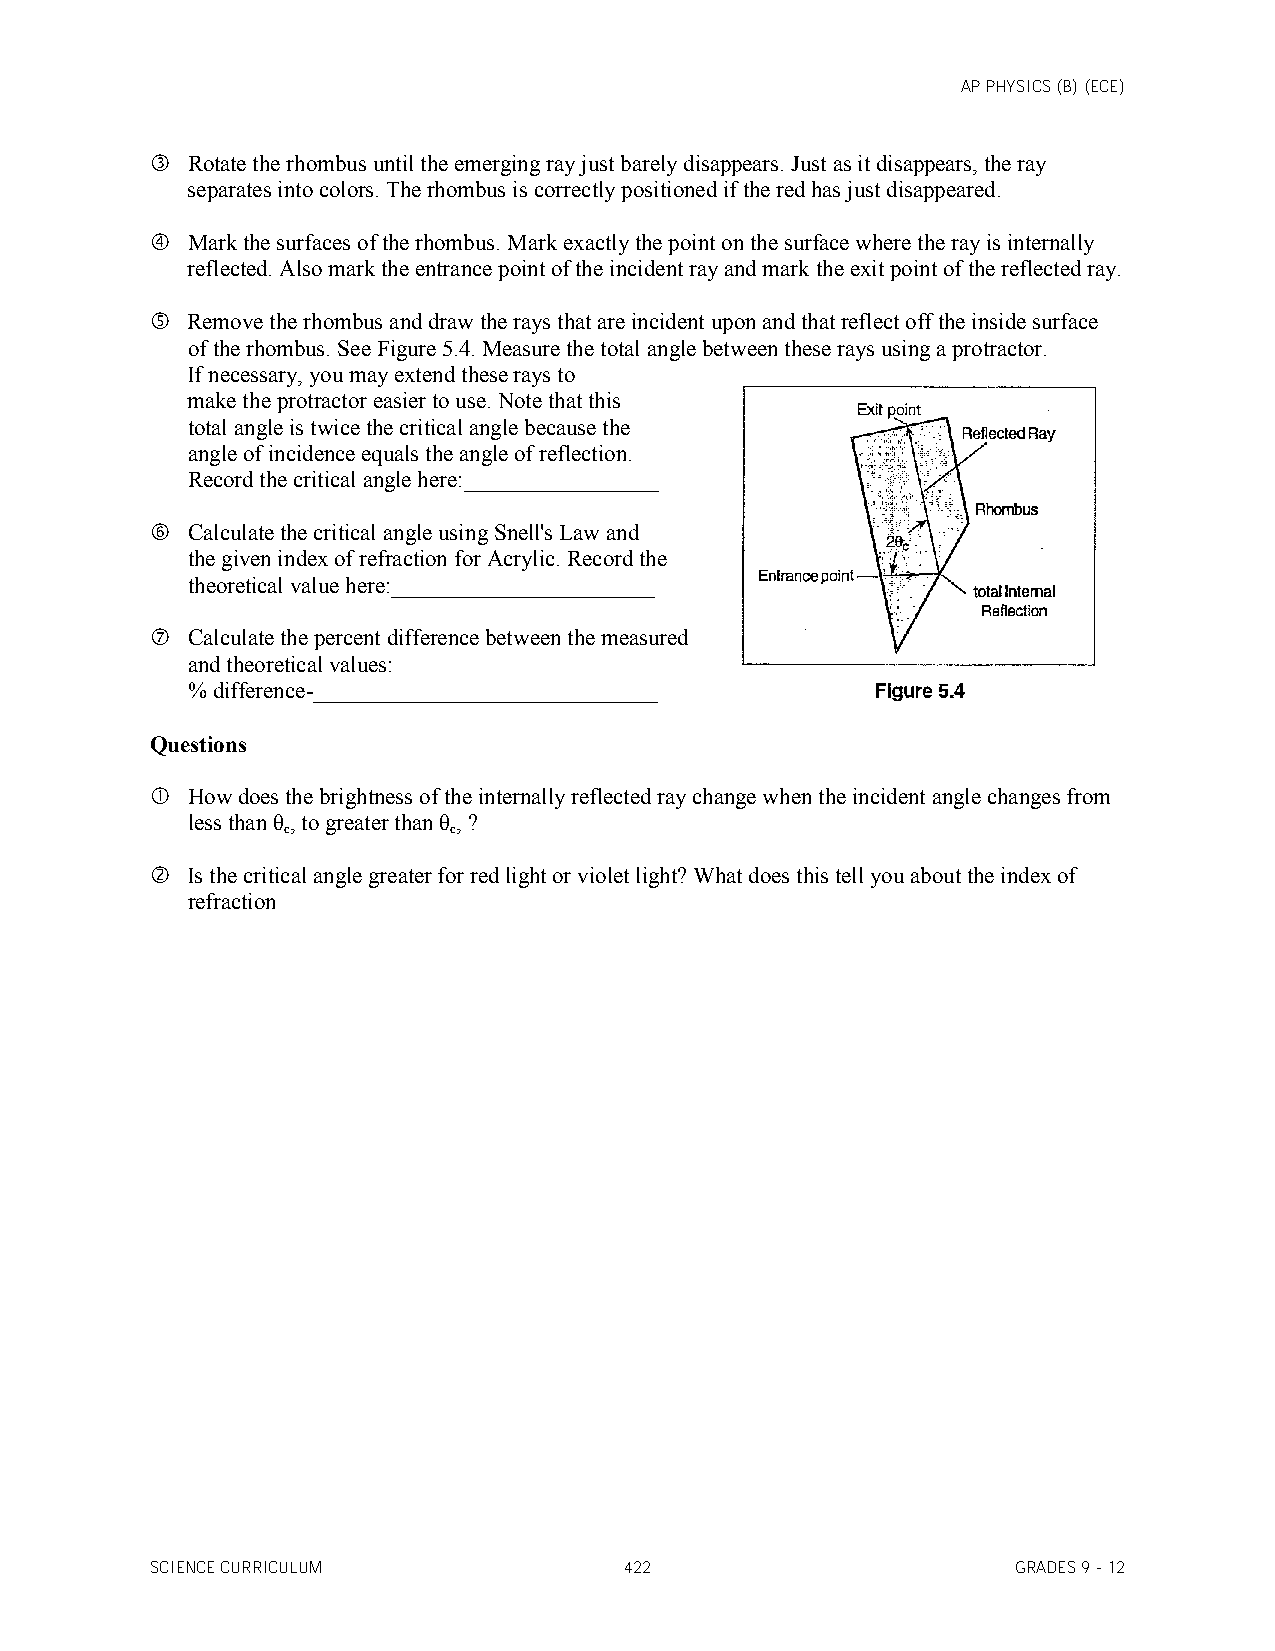
AP PHYSICS (B) (ECE)
  Rotate the rhombus until the emerging ray just barely disappears. Just as it disappears, the ray
 separates into colors. The rhombus is correctly positioned if the red has just disappeared.
  Mark the surfaces of the rhombus. Mark exactly the point on the surface where the ray is internally
 reflected. Also mark the entrance point of the incident ray and mark the exit point of the reflected ray.
  Remove the rhombus and draw the rays that are incident upon and that reflect off the inside surface
 of the rhombus. See Figure 5.4. Measure the total angle between these rays using a protractor.
 If necessary, you may extend these rays to
 make the protractor easier to use. Note that this
 total angle is twice the critical angle because the
 angle of incidence equals the angle of reflection.
 Record the critical angle here:_________________
  Calculate the critical angle using Snell's Law and
 the given index of refraction for Acrylic. Record the
 theoretical value here:_______________________
  Calculate the percent difference between the measured
 and theoretical values:
 % difference-______________________________
 Questions
  How does the brightness of the internally reflected ray change when the incident angle changes from
 less than θ, to greater than θ, ?
 c          c
  Is the critical angle greater for red light or violet light? What does this tell you about the index of
 refraction
 SCIENCE CURRICULUM             422                       GRADES 9 - 12